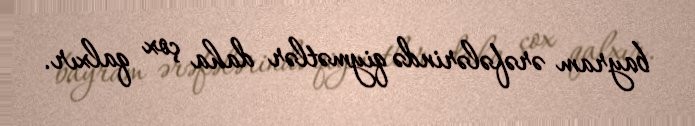
bayram ərəfələrində qiymətlər daha çox qalxır.